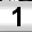
Digit: 1